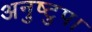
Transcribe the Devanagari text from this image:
अनुष्टुप।